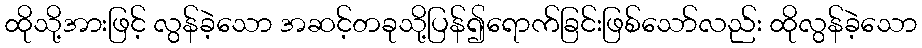
ထိုသို့အားဖြင့် လွန်ခဲ့သော အဆင့်တခုသို့ပြန်၍ရောက်ခြင်းဖြစ်သော်လည်း ထိုလွန်ခဲ့သော